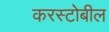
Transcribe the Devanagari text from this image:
करस्टोबील